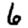
Digit: 6